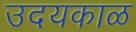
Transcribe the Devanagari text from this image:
उदयकाळ